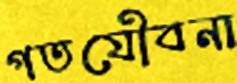
গতযৌবনা